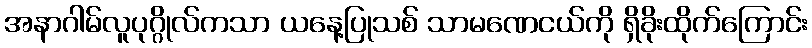
အနာဂါမ်လူပုဂ္ဂိုလ်ကသာ ယနေ့ပြုသစ် သာမဏေငယ်ကို ရှိခိုးထိုက်ကြောင်း